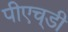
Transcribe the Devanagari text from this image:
पीएच्‌डी